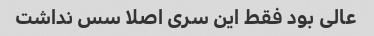
عالی بود فقط این سری اصلا سس نداشت